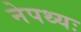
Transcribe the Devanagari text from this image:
नेपथ्यः